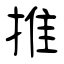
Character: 推